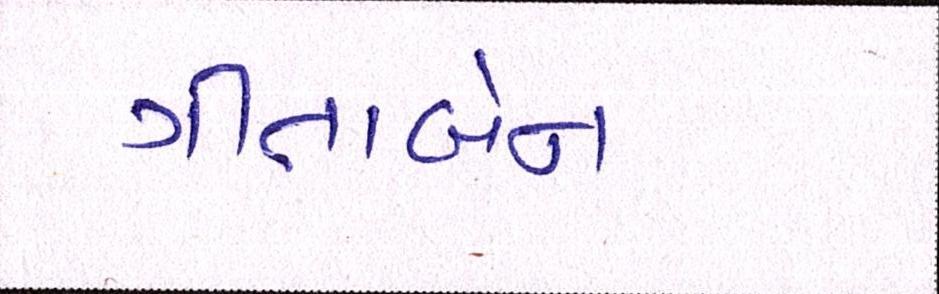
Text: ગીતાબેન